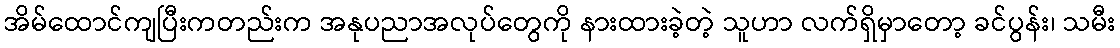
အိမ်ထောင်ကျပြီးကတည်းက အနုပညာအလုပ်တွေကို နားထားခဲ့တဲ့ သူဟာ လက်ရှိမှာတော့ ခင်ပွန်း၊ သမီး